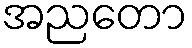
အညတော